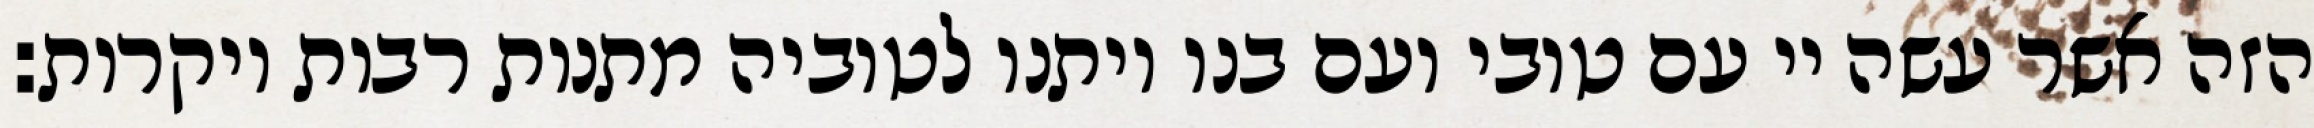
הזה אשר עשה יי עם טובי ועם בנו ויתנו לטוביה מתנות רבות ויקרות: